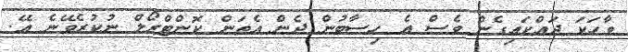
ވާހަކަ ދައްކައިގެން ވެސް އެ ހިސާބުން ދެން އެތަން ކޮންޓްރޯލް ނުކުރެވޭނެ އޭ.